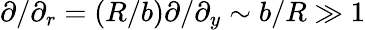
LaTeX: \partial/\partial_{r}=\left(R/b\right)\partial/\partial_{y}\sim b/R\gg 1